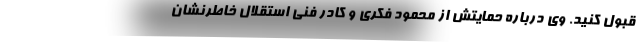
قبول کنید. وی درباره حمایتش از محمود فکری و کادر فنی استقلال خاطرنشان